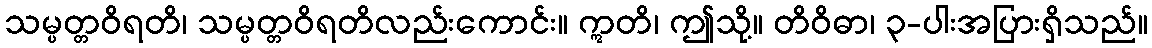
သမ္ပတ္တဝိရတိ၊ သမ္ပတ္တဝိရတိလည်းကောင်း။ ဣတိ၊ ဤသို့။ တိဝိဓာ၊ ၃-ပါးအပြားရှိသည်။